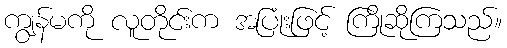
ကျွန်မကို လူတိုင်းက အပြုံးဖြင့် ကြိုဆိုကြသည်။